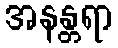
အနန္တရာ